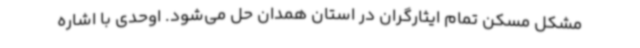
مشکل مسکن تمام ایثارگران در استان همدان حل می‌شود. اوحدی با اشاره